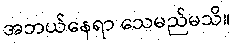
အဘယ်နေရာ သေမည်မသိ။